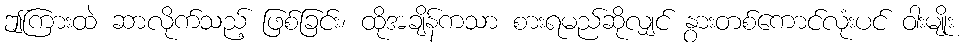
ဤကြားထဲ ဆာလိုက်သည့် ဖြစ်ခြင်း၊ ထိုအချိန်ကသာ စားရမည်ဆိုလျှင် နွားတစ်ကောင်လုံးပင် ဝါးမျိုး